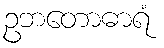
ဥဘတောဓာရံ